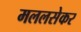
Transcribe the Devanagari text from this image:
मललसेकर